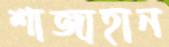
শাজাহান